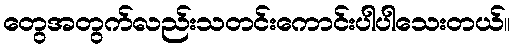
တွေအတွက်လည်းသတင်းကောင်းပါပါသေးတယ်။